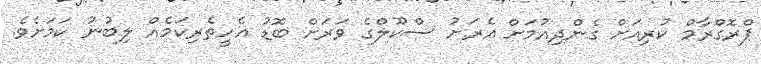
ޕްރޮގްރާމް ކުރިއަށް ގެންދިއުމަށް އެރަށު ސްކޫލްގެ ވަރަށް ބޮޑު އެހީތެރިކަމެއް ލިބުނު ކަމަށެވެ.